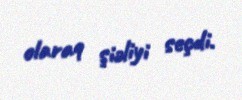
olaraq şiəliyi seçdi.